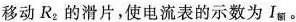
移动R_{2}的滑片，使电流表的示数为I_{额}。